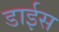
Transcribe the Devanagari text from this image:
डाईस